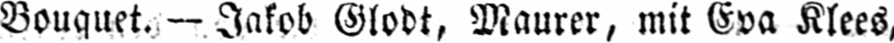
Bouquet. - Jakob Glodt, Maurer, mit Eva Klees,